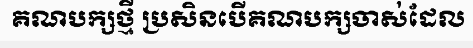
គណបក្សថ្មី ប្រសិនបើគណបក្សចាស់ដែល